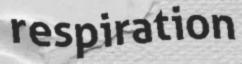
respiration